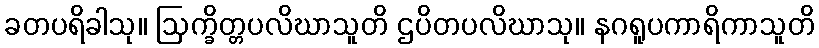
ခတပရိခါသု။ ဩက္ခိတ္တပလိဃာသူတိ ဌပိတပလိဃာသု။ နဂရူပကာရိကာသူတိ